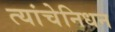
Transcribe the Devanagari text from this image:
त्यांचेनिधन